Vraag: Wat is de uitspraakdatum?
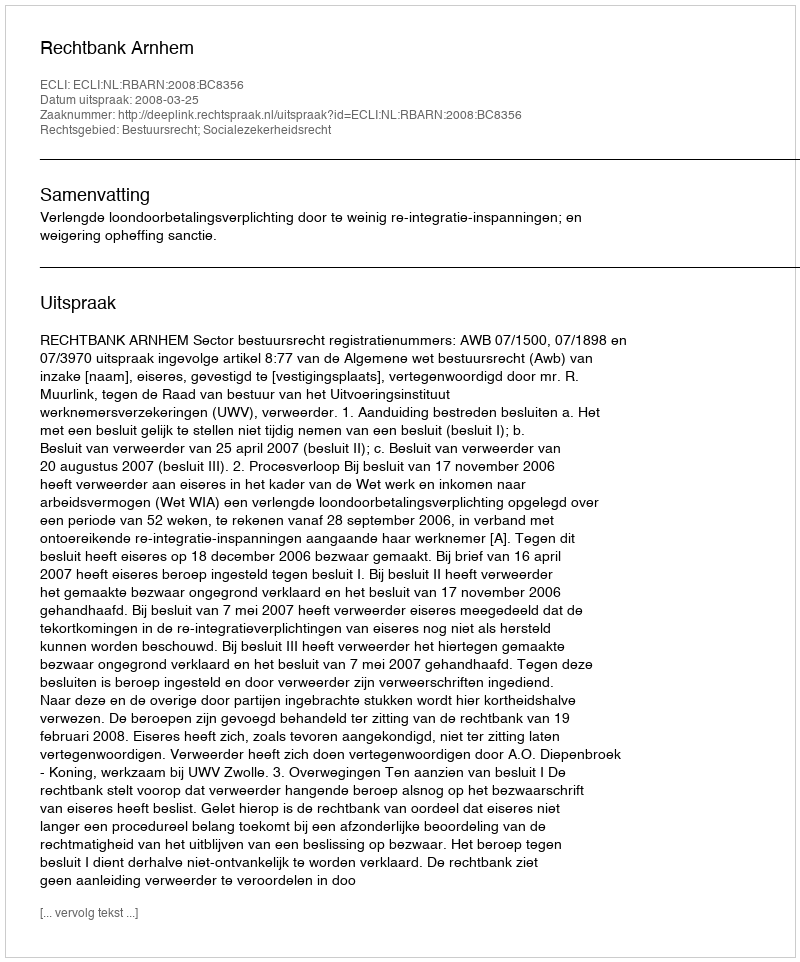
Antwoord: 2008-03-25